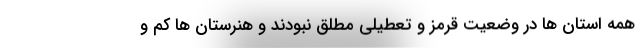
همه استان ها در وضعیت قرمز و تعطیلی مطلق نبودند و هنرستان ها کم و